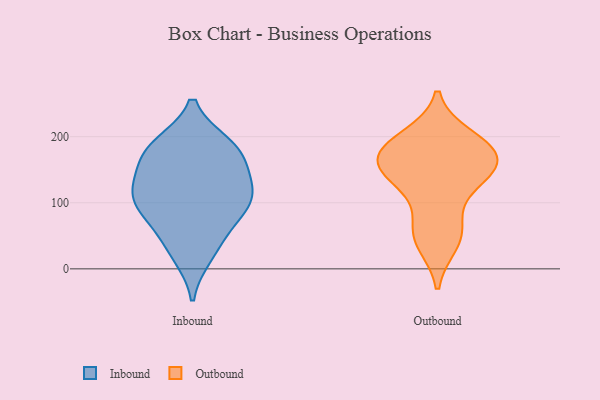
{"axis": {"x": "LTV (USD)", "y": "Value"}, "legend": ["Inbound", "Outbound"], "data": [{"x": "", "y": 94, "type": "Inbound"}, {"x": "", "y": 187, "type": "Inbound"}, {"x": "", "y": 184, "type": "Inbound"}, {"x": "", "y": 75, "type": "Inbound"}, {"x": "", "y": 21, "type": "Inbound"}, {"x": "", "y": 91, "type": "Inbound"}, {"x": "", "y": 111, "type": "Inbound"}, {"x": "", "y": 119, "type": "Inbound"}, {"x": "", "y": 123, "type": "Inbound"}, {"x": "", "y": 176, "type": "Inbound"}, {"x": "", "y": 140, "type": "Inbound"}, {"x": "", "y": 38, "type": "Inbound"}, {"x": "", "y": 175, "type": "Inbound"}, {"x": "", "y": 198, "type": "Outbound"}, {"x": "", "y": 179, "type": "Outbound"}, {"x": "", "y": 133, "type": "Outbound"}, {"x": "", "y": 184, "type": "Outbound"}, {"x": "", "y": 155, "type": "Outbound"}, {"x": "", "y": 66, "type": "Outbound"}, {"x": "", "y": 140, "type": "Outbound"}, {"x": "", "y": 40, "type": "Outbound"}, {"x": "", "y": 52, "type": "Outbound"}, {"x": "", "y": 171, "type": "Outbound"}, {"x": "", "y": 179, "type": "Outbound"}, {"x": "", "y": 140, "type": "Outbound"}]}